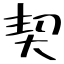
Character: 契